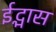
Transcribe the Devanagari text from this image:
ईद्भास